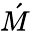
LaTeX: \acute{M}